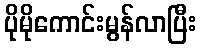
ပိုမိုကောင်းမွန်လာပြီး